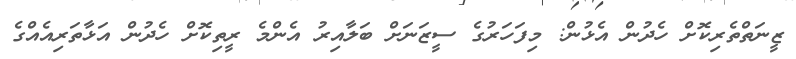
ޒީނަތްތެރިކޮށް ހެދުން އެޅުން: މިފަހަރުގެ ސީޒަނަށް ބަލާއިރު އެންމެ ރީތިކޮށް ހެދުން އަޅާތަރިއެއްގެ